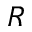
R